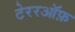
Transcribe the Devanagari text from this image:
टेररऑफ़